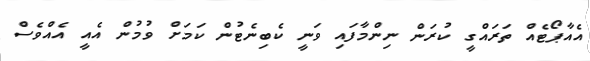
އެއާޕޯޓެއް ތަރައްގީ ކުރަން ނިންމާފައި ވަނީ ކެބިނެޓުން ކަމަށް ވުމުން އެއީ އެއްވެސް